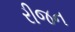
રીજન